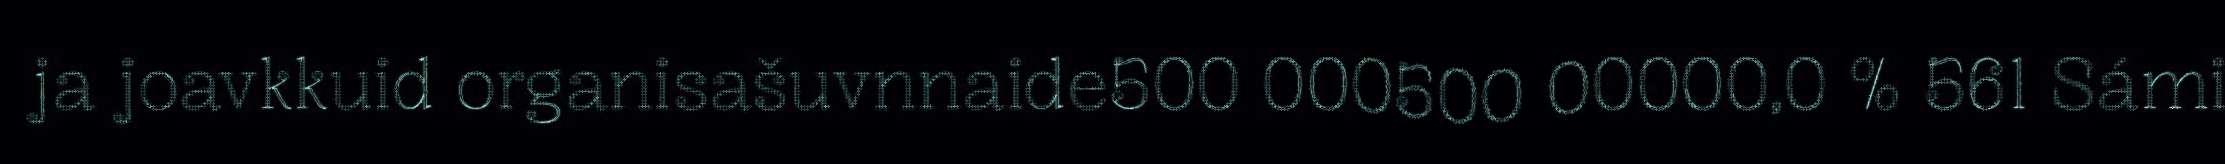
ja joavkkuid organisašuvnnaide500 000500 00000,0 % 561 Sámi